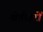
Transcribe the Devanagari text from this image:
खेतीहरों